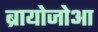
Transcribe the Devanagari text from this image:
ब्रायोजोआ